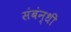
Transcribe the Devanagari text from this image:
संबंन्धी